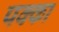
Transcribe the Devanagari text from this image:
पक्‍का